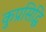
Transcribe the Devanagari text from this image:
कुप्रसिद्धि